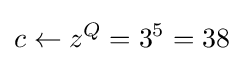
c\leftarrow z^{Q}=3^{5}=38